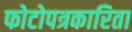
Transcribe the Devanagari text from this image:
फोटोपत्रकारिता